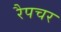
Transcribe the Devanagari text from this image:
रैपचर